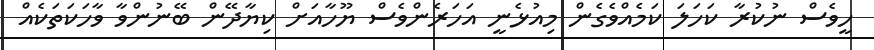
ހީވެސް ނުކުރާ ކަހަލަ ކަމެއްވެގެން މިއުޅެނީ އަހަރެންވެސް ޔޫހާއަށް ކިޔާދޭން ބޭނުންވާ ވާހަކަތަކެއް